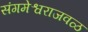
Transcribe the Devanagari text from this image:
संगमेश्वराजवळ